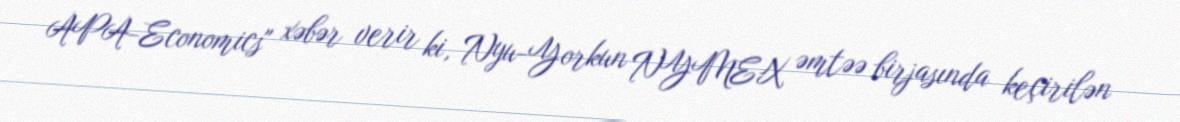
APA-Economics" xəbər verir ki, Nyu-Yorkun NYMEX əmtəə birjasında keçirilən